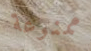
ممنوعة